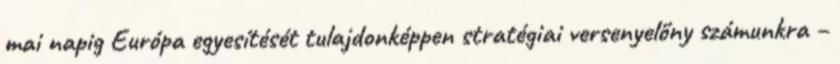
mai napig Európa egyesítését tulajdonképpen stratégiai versenyelőny számunkra –